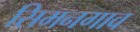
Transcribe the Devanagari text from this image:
सिमनगाव